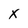
Character: X